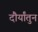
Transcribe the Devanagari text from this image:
दौर्यांतुन